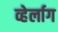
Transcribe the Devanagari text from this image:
व्हेर्लाग